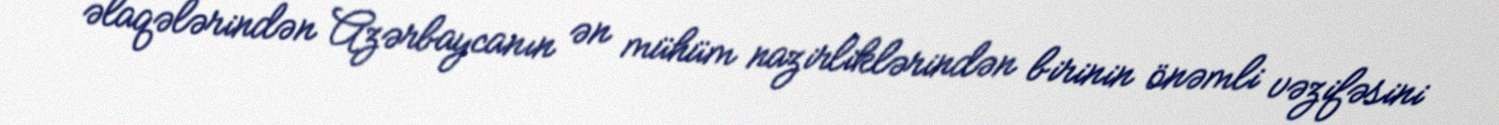
əlaqələrindən Azərbaycanın ən mühüm nazirliklərindən birinin önəmli vəzifəsini